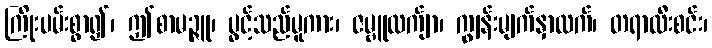
ကြိုးပမ်းစွာ၍၊ ဤစာမဉ္ဇူ၊ ပွင့်သည်မူကား၊ ဇမ္ဗူလက်ျာ၊ ကျွန်းမျက်နှာထက်၊ တရာထီးစင်း၊